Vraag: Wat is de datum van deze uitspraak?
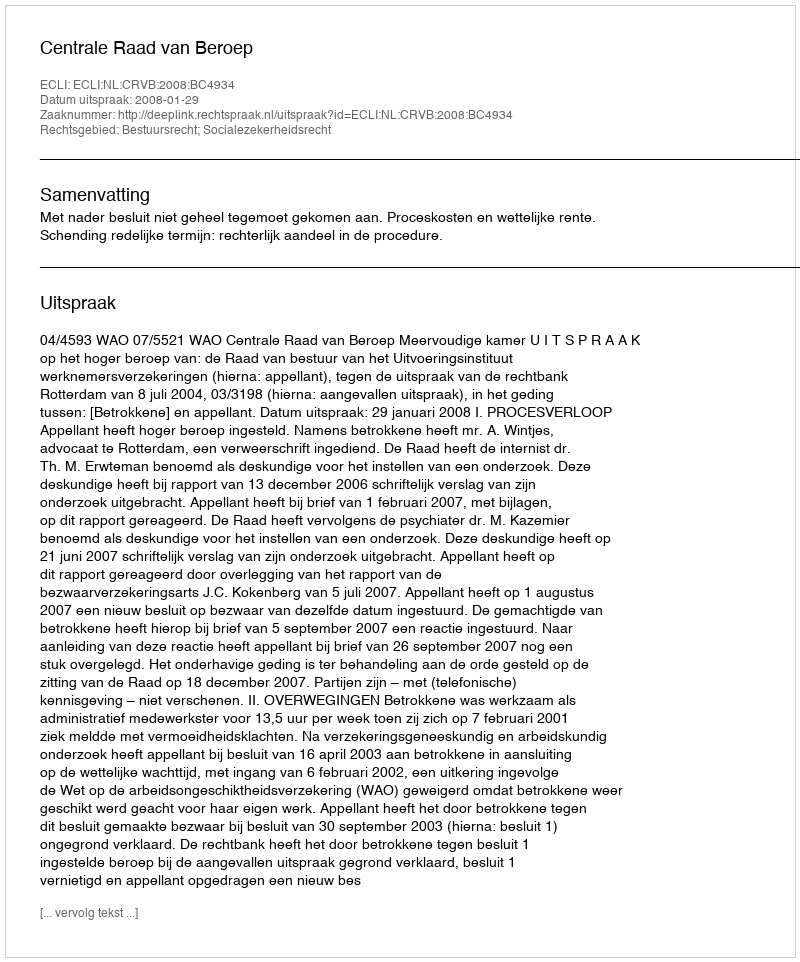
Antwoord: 2008-01-29